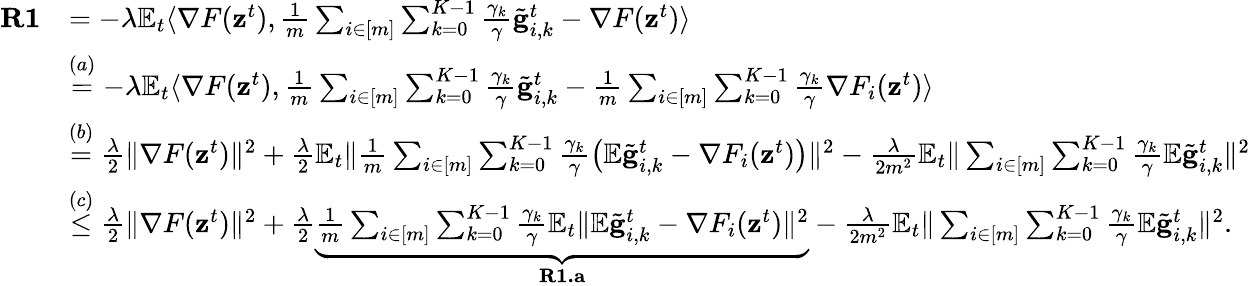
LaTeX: \begin{array}{rl}{\mathbf{R1}}&{=-\lambda\mathbb{E}_{t}\langle\nabla F(\mathbf{z}^{t}),\frac{1}{m}\sum_{i\in[m]}\sum_{k=0}^{K-1}\frac{\gamma_{k}}{\gamma}\tilde{\mathbf{g}}_{i,k}^{t}-\nabla F(\mathbf{z}^{t})\rangle}\\ &{\overset{(a)}{=}-\lambda\mathbb{E}_{t}\langle\nabla F(\mathbf{z}^{t}),\frac{1}{m}\sum_{i\in[m]}\sum_{k=0}^{K-1}\frac{\gamma_{k}}{\gamma}\tilde{\mathbf{g}}_{i,k}^{t}-\frac{1}{m}\sum_{i\in[m]}\sum_{k=0}^{K-1}\frac{\gamma_{k}}{\gamma}\nabla F_{i}(\mathbf{z}^{t})\rangle}\\ &{\overset{(b)}{=}\frac{\lambda}{2}\Vert\nabla F(\mathbf{z}^{t})\Vert^{2}+\frac{\lambda}{2}\mathbb{E}_{t}\Vert\frac{1}{m}\sum_{i\in[m]}\sum_{k=0}^{K-1}\frac{\gamma_{k}}{\gamma}\bigl(\mathbb{E}\tilde{\mathbf{g}}_{i,k}^{t}-\nabla F_{i}(\mathbf{z}^{t})\bigr)\Vert^{2}-\frac{\lambda}{2m^{2}}\mathbb{E}_{t}\Vert\sum_{i\in[m]}\sum_{k=0}^{K-1}\frac{\gamma_{k}}{\gamma}\mathbb{E}\tilde{\mathbf{g}}_{i,k}^{t}\Vert^{2}}\\ &{\overset{(c)}{\leq}\frac{\lambda}{2}\Vert\nabla F(\mathbf{z}^{t})\Vert^{2}+\frac{\lambda}{2}\underbrace{\frac{1}{m}\sum_{i\in[m]}\sum_{k=0}^{K-1}\frac{\gamma_{k}}{\gamma}\mathbb{E}_{t}\Vert\mathbb{E}\tilde{\mathbf{g}}_{i,k}^{t}-\nabla F_{i}(\mathbf{z}^{t})\Vert^{2}}_{\mathbf{R1.a}}-\frac{\lambda}{2m^{2}}\mathbb{E}_{t}\Vert\sum_{i\in[m]}\sum_{k=0}^{K-1}\frac{\gamma_{k}}{\gamma}\mathbb{E}\tilde{\mathbf{g}}_{i,k}^{t}\Vert^{2}.}\end{array}